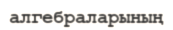
алгебраларының